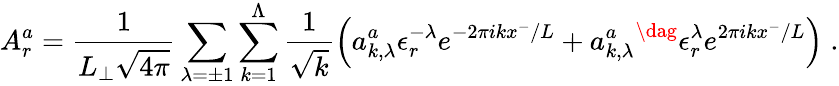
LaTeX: A_{r}^{a}=\frac{1}{L_{\perp}\sqrt{4\pi}}\sum_{\lambda=\pm 1}\sum_{k=1}^{\Lambda}\frac{1}{\sqrt{k}}\left(a_{k,\lambda}^{a}\epsilon_{r}^{-\lambda}e^{-2\pi ikx^{-}/L}+{a_{k,\lambda}^{a}}^{\dag}\epsilon_{r}^{\lambda}e^{2\pi ikx^{-}/L}\right)\; .